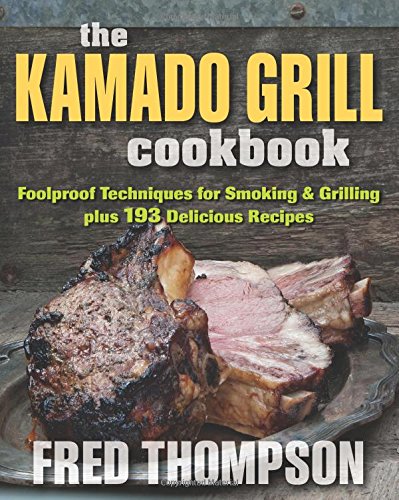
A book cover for Kamado Grill Cookbook, The: Foolproof Techniques for Smoking & Grilling plus 193 Delicious Recipes; Fred Thompson; Cookbooks, Food & Wine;